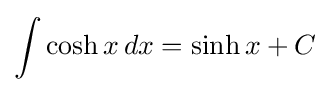
\int \cosh x\,dx=\sinh x+C